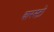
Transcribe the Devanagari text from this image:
बारस्टो